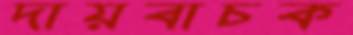
দায়বাচক